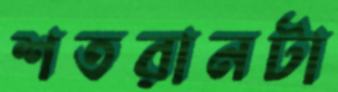
শতরানটা